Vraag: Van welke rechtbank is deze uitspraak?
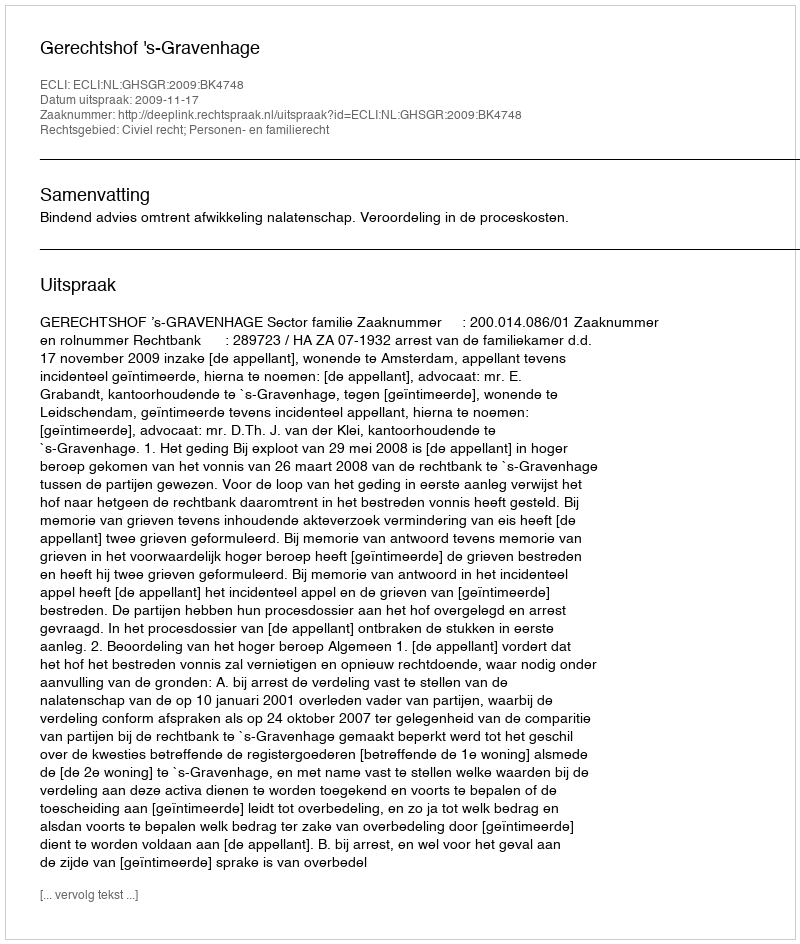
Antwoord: Gerechtshof 's-Gravenhage